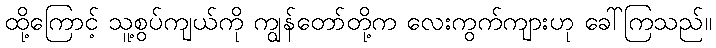
ထို့ကြောင့် သူ့စွပ်ကျယ်ကို ကျွန်တော်တို့က လေးကွက်ကျားဟု ခေါ်ကြသည်။